Cholera in India, 1862 to 1881
Year: 1862
Disease focus: Cholera
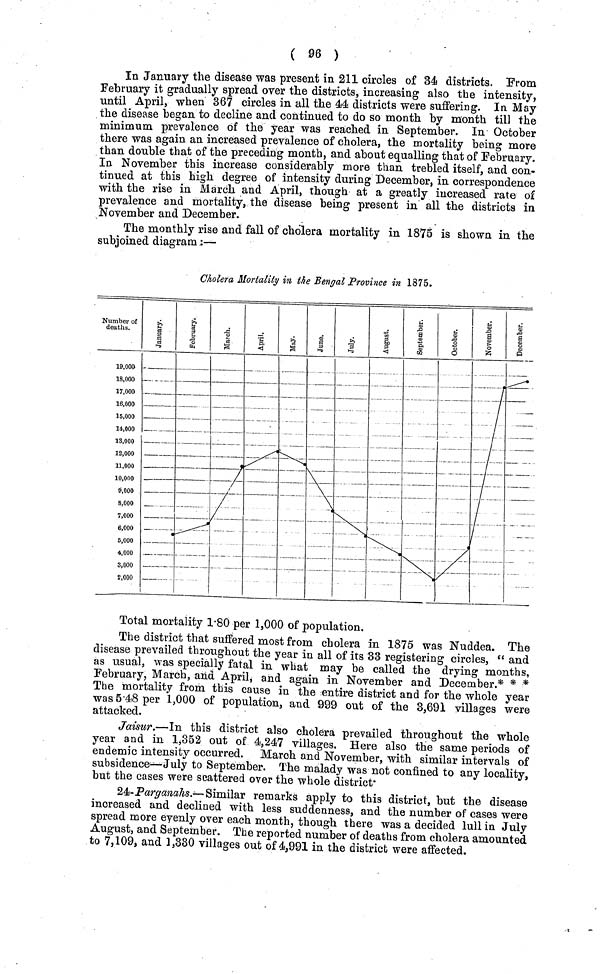
( 96 )
In January the disease was present in 211 circles of 34 districts. From
February it gradually spread over the districts, increasing also the intensity,
until April, when 367 circles in all the 44 districts were suffering. In. May
the disease began to decline and continued to do so month by month till the
minimum prevalence of the year was reached in September, In October
there was again an increased prevalence of cholera, the mortality being more
than double that of the preceding month, and about equalling that of February.
In November this increase considerably more than trebled itself, and con-
tinued at this high degree of intensity during December, in correspondence
with the rise in March and April, though at a greatly increased rate of
prevalence and mortality, the disease being present in all the districts in
November and December.
The monthly rise and fall of cholera mortality in 1875 is shown in the
subjoined diagram:—
Cholera Mortality in the Bengal Province in 1875.
Total mortality 1.80 per 1,000 of population.
The district that suffered most from cholera in 1875 was Nuddea. The
disease prevailed throughout the year in all of its 33 registering circles, " and
as usual, was specially fatal in what may be called the drying months,
February, March, and April, and again in November and December.* * *
The mortality from this cause in the entire district and for the whole year
was 5.48 per 1,000 of population, and 999 out of the 3,691 villages were
attacked.
Jaisur.—In this district also cholera prevailed throughout the whole
year and in 1,352 out of 4,247 villages. Here also the same periods of
endemic intensity occurred. March and November, with similar intervals of
subsidence—July to September. The malady was not confined to any locality,
but the cases were scattered over the whole district.
24-Parganahs.—Similar remarks apply to this district, but the disease
increased and declined with less suddenness, and the number of cases were
spread more eyenly over each month, though there was a decided lull in July
August, and September. The reported number of deaths from cholera amounted
to 7,109, and 1,330 villages out of 4,991 in the district were affected.